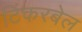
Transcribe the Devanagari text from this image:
टिंकरबेल